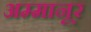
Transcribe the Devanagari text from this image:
अम्मानूर